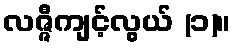
လဇ္ဇီကျင့်လွယ် (၁)။